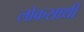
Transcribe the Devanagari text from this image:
लोकसाथी